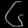
Digit: ၆